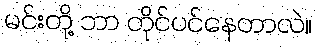
မင်းတို့ ဘာ တိုင်ပင်နေတာလဲ။